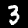
Label: 3